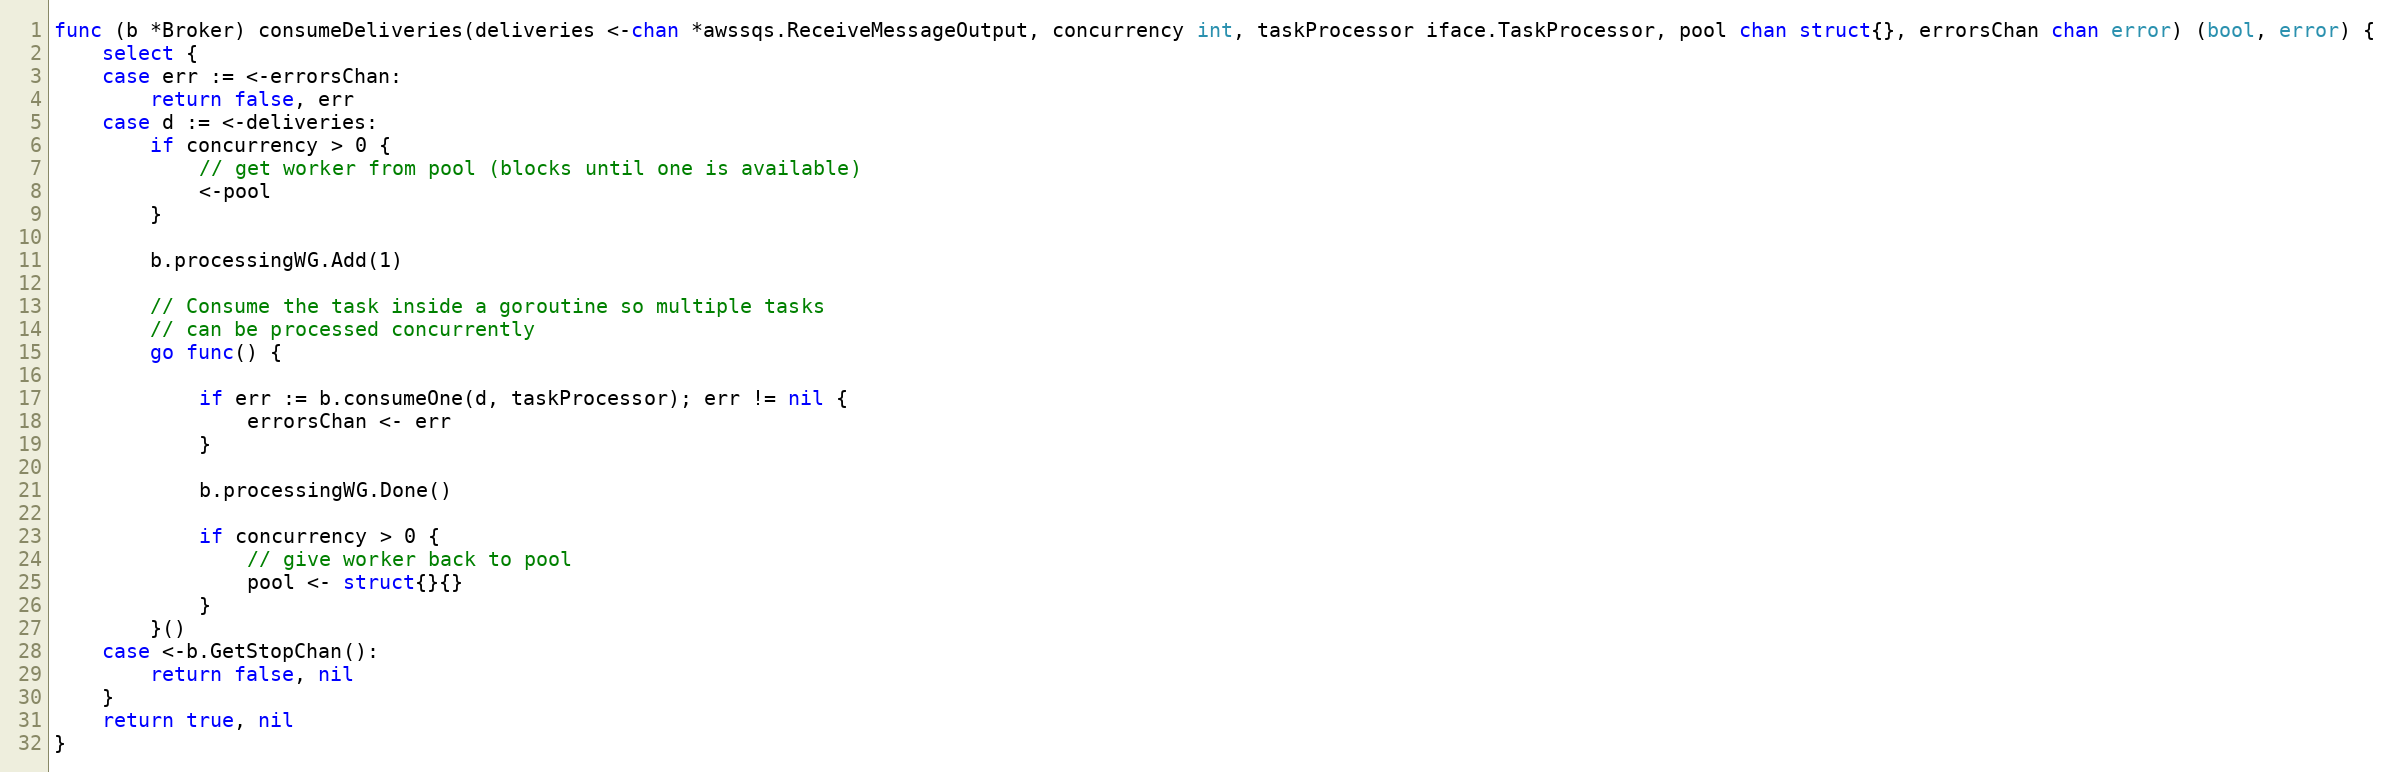
Language: Go
func (b *Broker) consumeDeliveries(deliveries <-chan *awssqs.ReceiveMessageOutput, concurrency int, taskProcessor iface.TaskProcessor, pool chan struct{}, errorsChan chan error) (bool, error) {
	select {
	case err := <-errorsChan:
		return false, err
	case d := <-deliveries:
		if concurrency > 0 {
			// get worker from pool (blocks until one is available)
			<-pool
		}

		b.processingWG.Add(1)

		// Consume the task inside a goroutine so multiple tasks
		// can be processed concurrently
		go func() {

			if err := b.consumeOne(d, taskProcessor); err != nil {
				errorsChan <- err
			}

			b.processingWG.Done()

			if concurrency > 0 {
				// give worker back to pool
				pool <- struct{}{}
			}
		}()
	case <-b.GetStopChan():
		return false, nil
	}
	return true, nil
}